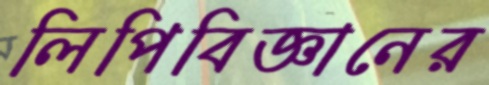
লিপিবিজ্ঞানের